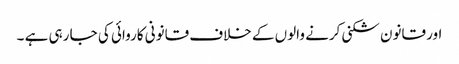
اور قانون شکنی کرنے والوں کے خلاف قانونی کاروائی کی جا رہی ہے ۔